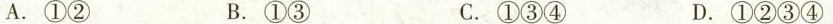
A.①② B.①③ C.①③④ D.①②③④